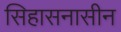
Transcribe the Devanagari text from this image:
सिहासनासीन